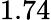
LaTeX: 1.74